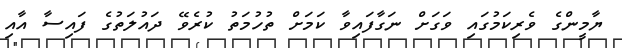
ޔާމީންގެ ވެރިކަމުގައި ވަގަށް ނަގާފައިވާ ކަމަށް ތުހުމަތު ކުރެވޭ ދައުލަތުގެ ފައިސާ އާއި